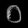
Digit: ၀